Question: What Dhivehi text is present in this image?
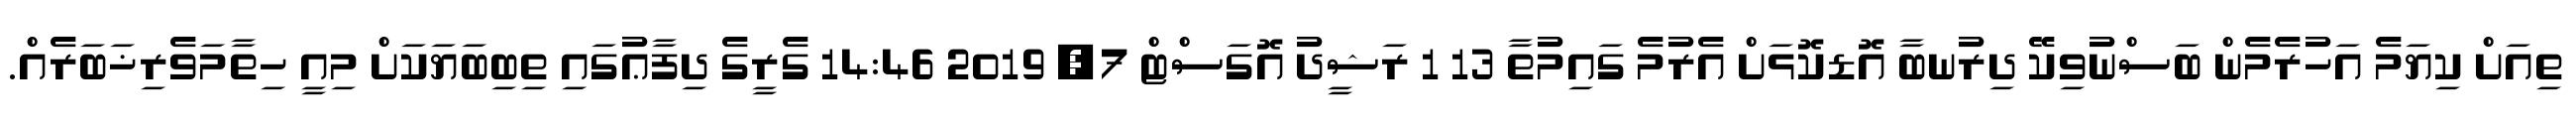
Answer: ތިއަށް ކިޔަމެ އަހުރެމެން ބަސްނުވިކޭ ދިރުނބާ އޮޑކޮޅަށް އެރުމެ ގައިމުތާ 13 1 ރަޝީދު އޮގަސްޓް 7, 2019 14:46 ގެރީގެ ދިފާޢުގައި ތިބިބަޔަކަށް މިއީ ހިތާމަވެރިޚަބަރެއް.